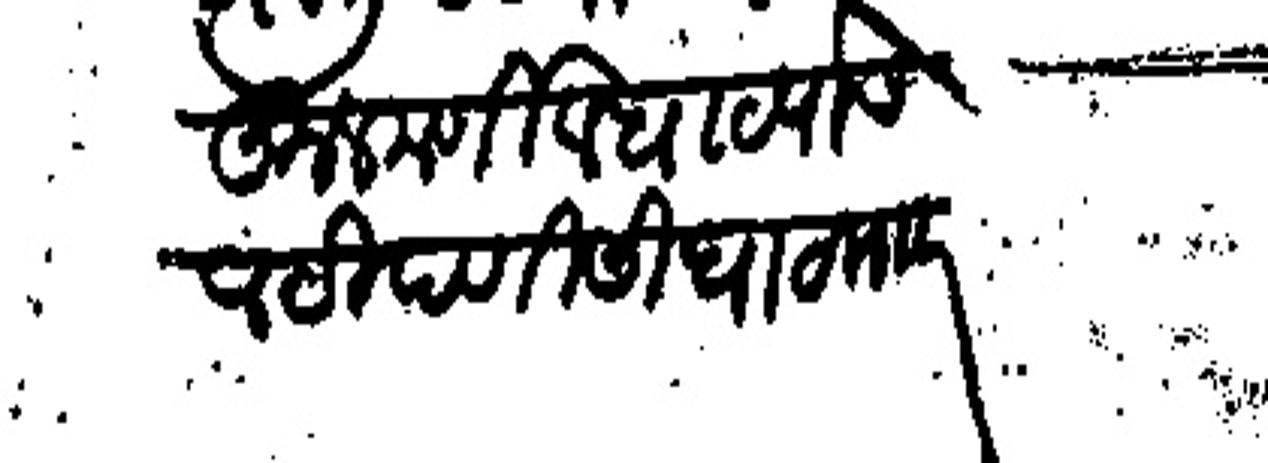
Transliteration (Devanagari): कुलकर्णी व घाटपाडे व टीपणीसी घाटमा